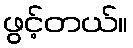
ဖွင့်တယ်။